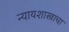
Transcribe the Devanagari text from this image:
न्यायशास्त्राचा